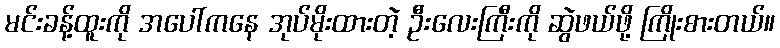
မင်းခန့်ထူးကို အပေါ်ကနေ အုပ်မိုးထားတဲ့ ဦးလေးကြီးကို ဆွဲဖယ်ဖို့ ကြိုးစားတယ်။